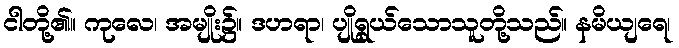
ငါတို့၏။ ကုလေ၊ အမျိုး၌။ ဒဟရာ၊ ပျိုရွယ်သောသူတို့သည်။ နမိယျရေ၊